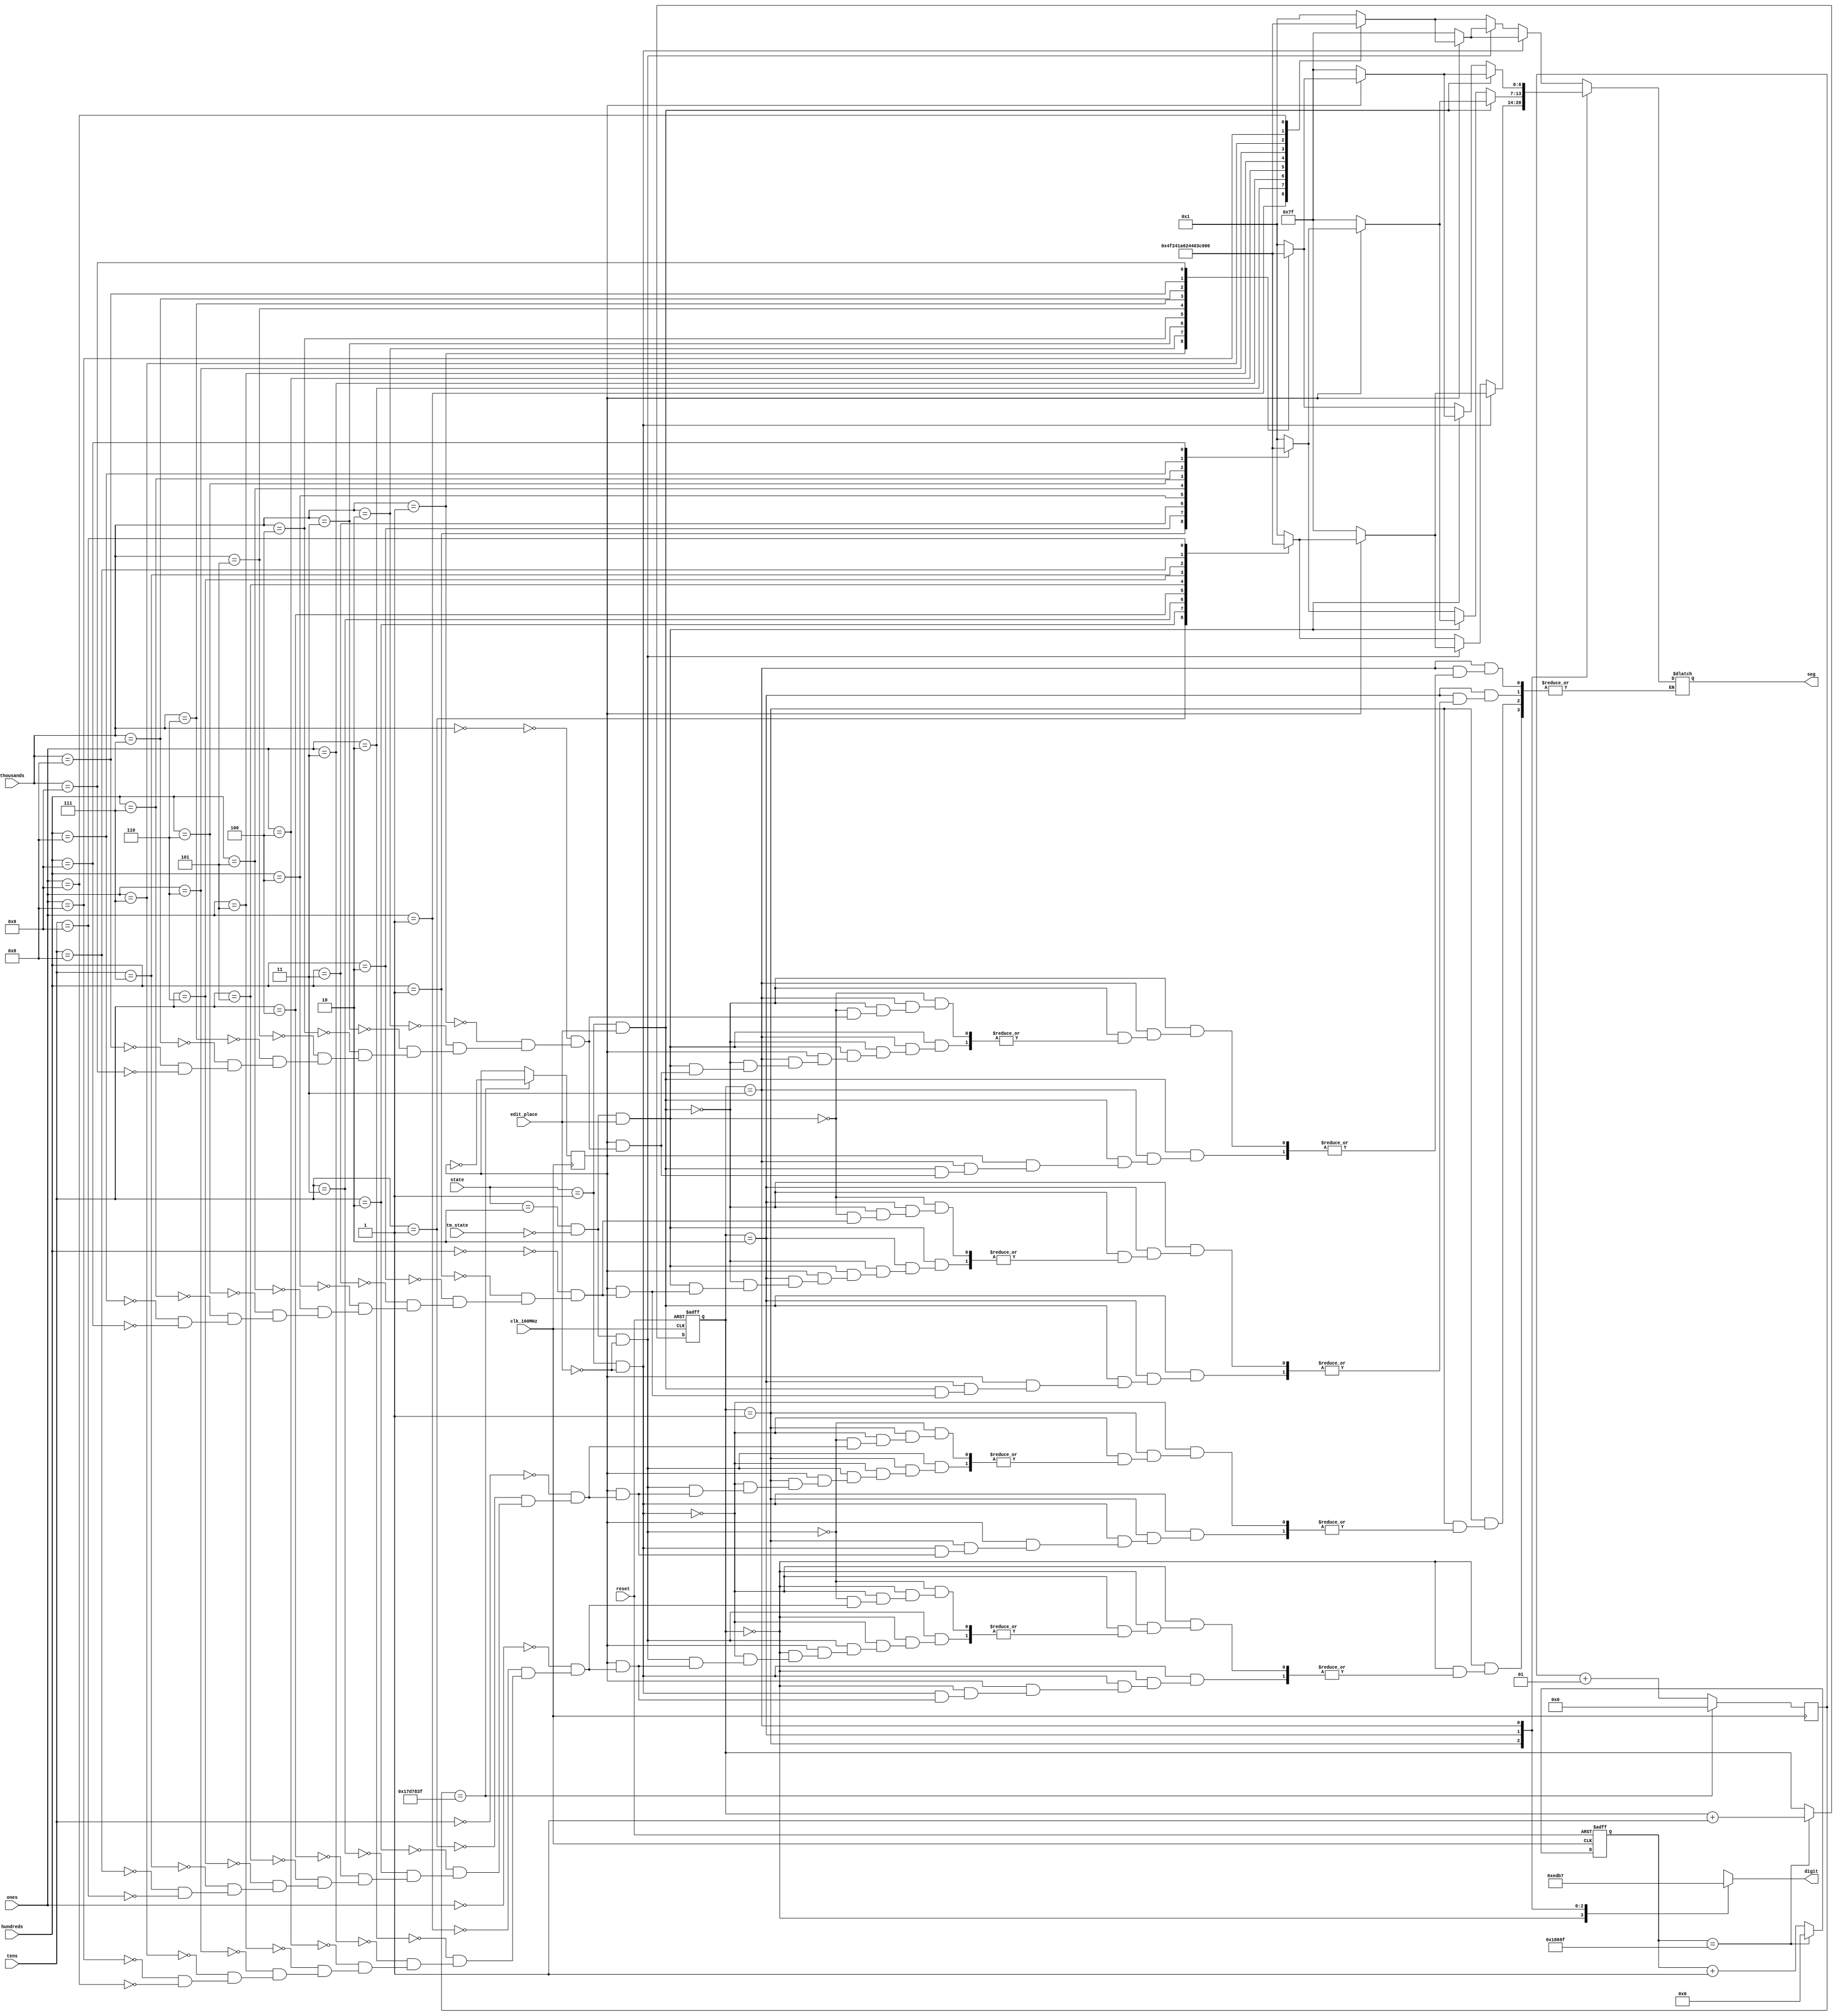
`timescale 1ns / 1ps
module seven_seg(
    input clk_100MHz,
    input reset,
    input [1:0] state,
    input tm_state,
    input edit_place,
    input [3:0] ones,
    input [3:0] tens,
    input [3:0] hundreds,
    input [3:0] thousands,
    output reg [0:6] seg,       
    output reg [3:0] digit     
    );
    parameter ZERO  = 7'b000_0001;  
    parameter ONE   = 7'b100_1111;  
    parameter TWO   = 7'b001_0010;  
    parameter THREE = 7'b000_0110;  
    parameter FOUR  = 7'b100_1100;  
    parameter FIVE  = 7'b010_0100; 
    parameter SIX   = 7'b010_0000;  
    parameter SEVEN = 7'b000_1111;
    parameter EIGHT = 7'b000_0000;  
    parameter NINE  = 7'b000_0100;  
    
    reg [1:0] digit_select;     // 2 bit counter for selecting each of 4 digits
    reg [16:0] digit_timer;     // counter for digit refresh
    
     initial digit_select = 0;
     initial digit_timer = 0; 
     
     reg sclk=0;
     integer count=0;
     
     //edit_blink_clock
     always @(posedge clk_100MHz) begin
          if(count==24_999_999) begin //
              count<=0;
              sclk<=~sclk;
          end 
          else count<=count+1;
     end
     
    // Logic for controlling digit select and digit timer
    always @(posedge clk_100MHz or posedge reset) begin
        if(reset) begin
            digit_select <= 0;
            digit_timer <= 0; 
        end
        else                                        // 1ms x 4 displays = 4ms refresh period
            if(digit_timer == 99_999 ) begin 
                digit_timer <= 0;                   // 10ns x 100,000 = 1ms (99_999)
                digit_select <=  digit_select + 1;
            end
            else
                digit_timer <=  digit_timer + 1;
    end
    
    always @(digit_select) begin
        case(digit_select) 
            2'b00 : digit = 4'b1110;  
            2'b01 : digit = 4'b1101;  
            2'b10 : digit = 4'b1011;  
            2'b11 : digit = 4'b0111;  
        endcase
    end
    

    always @*
        case(digit_select)
            2'b00 : begin       
                        if(state==1  && edit_place==0) begin
                            if(sclk==1'b0) begin
                                seg=7'b111_1111;
                            end
                            else begin
                                case(ones)
                                    4'b0000 : seg = ZERO;
                                    4'b0001 : seg = ONE;
                                    4'b0010 : seg = TWO;
                                    4'b0011 : seg = THREE;
                                    4'b0100 : seg = FOUR;
                                    4'b0101 : seg = FIVE;
                                    4'b0110 : seg = SIX;
                                    4'b0111 : seg = SEVEN;
                                    4'b1000 : seg = EIGHT;
                                    4'b1001 : seg = NINE;
                                endcase
                            end
                        end
                        else if(state==2 && tm_state==0 &&  edit_place==0) begin
                            if(sclk==1'b0) begin
                                seg=7'b111_1111;
                            end
                            else begin
                                case(ones)
                                    4'b0000 : seg = ZERO;
                                    4'b0001 : seg = ONE;
                                    4'b0010 : seg = TWO;
                                    4'b0011 : seg = THREE;
                                    4'b0100 : seg = FOUR;
                                    4'b0101 : seg = FIVE;
                                    4'b0110 : seg = SIX;
                                    4'b0111 : seg = SEVEN;
                                    4'b1000 : seg = EIGHT;
                                    4'b1001 : seg = NINE;
                                endcase
                            end
                        end
                        else begin
                            case(ones)
                                4'b0000 : seg = ZERO;
                                4'b0001 : seg = ONE;
                                4'b0010 : seg = TWO;
                                4'b0011 : seg = THREE;
                                4'b0100 : seg = FOUR;
                                4'b0101 : seg = FIVE;
                                4'b0110 : seg = SIX;
                                4'b0111 : seg = SEVEN;
                                4'b1000 : seg = EIGHT;
                                4'b1001 : seg = NINE;
                            endcase
                        end
            end               
            2'b01 : begin      
                         if(state==1  && edit_place==0) begin
                            if(sclk==1'b0) begin
                                seg=7'b111_1111;
                            end
                            else begin
                                case(tens)
                                    4'b0000 : seg = ZERO;
                                    4'b0001 : seg = ONE;
                                    4'b0010 : seg = TWO;
                                    4'b0011 : seg = THREE;
                                    4'b0100 : seg = FOUR;
                                    4'b0101 : seg = FIVE;
                                    4'b0110 : seg = SIX;
                                    4'b0111 : seg = SEVEN;
                                    4'b1000 : seg = EIGHT;
                                    4'b1001 : seg = NINE;
                                endcase
                            end
                        end
                        else if(state==2 && tm_state==0 && edit_place==0) begin
                            if(sclk==1'b0) begin
                                seg=7'b111_1111;
                            end
                            else begin
                                case(tens)
                                    4'b0000 : seg = ZERO;
                                    4'b0001 : seg = ONE;
                                    4'b0010 : seg = TWO;
                                    4'b0011 : seg = THREE;
                                    4'b0100 : seg = FOUR;
                                    4'b0101 : seg = FIVE;
                                    4'b0110 : seg = SIX;
                                    4'b0111 : seg = SEVEN;
                                    4'b1000 : seg = EIGHT;
                                    4'b1001 : seg = NINE;
                                endcase
                            end
                        end
                        else begin
                            case(tens)
                                4'b0000 : seg = ZERO;
                                4'b0001 : seg = ONE;
                                4'b0010 : seg = TWO;
                                4'b0011 : seg = THREE;
                                4'b0100 : seg = FOUR;
                                4'b0101 : seg = FIVE;
                                4'b0110 : seg = SIX;
                                4'b0111 : seg = SEVEN;
                                4'b1000 : seg = EIGHT;
                                4'b1001 : seg = NINE;
                            endcase
                        end
                    end
                    
            2'b10 : begin      
                         if(state==1  && edit_place==1) begin
                            if(sclk==1'b0) begin
                                seg=7'b111_1111;
                            end
                            else begin
                                case(hundreds)
                                    4'b0000 : seg = ZERO;
                                    4'b0001 : seg = ONE;
                                    4'b0010 : seg = TWO;
                                    4'b0011 : seg = THREE;
                                    4'b0100 : seg = FOUR;
                                    4'b0101 : seg = FIVE;
                                    4'b0110 : seg = SIX;
                                    4'b0111 : seg = SEVEN;
                                    4'b1000 : seg = EIGHT;
                                    4'b1001 : seg = NINE;
                                endcase
                            end
                        end
                        else if(state==2 && tm_state==0 && edit_place==1) begin
                            if(sclk==1'b0) begin
                                seg=7'b111_1111;
                            end
                            else begin
                                case(hundreds)
                                    4'b0000 : seg = ZERO;
                                    4'b0001 : seg = ONE;
                                    4'b0010 : seg = TWO;
                                    4'b0011 : seg = THREE;
                                    4'b0100 : seg = FOUR;
                                    4'b0101 : seg = FIVE;
                                    4'b0110 : seg = SIX;
                                    4'b0111 : seg = SEVEN;
                                    4'b1000 : seg = EIGHT;
                                    4'b1001 : seg = NINE;
                                endcase
                            end
                        end
                        else begin
                            case(hundreds)
                                4'b0000 : seg = ZERO;
                                4'b0001 : seg = ONE;
                                4'b0010 : seg = TWO;
                                4'b0011 : seg = THREE;
                                4'b0100 : seg = FOUR;
                                4'b0101 : seg = FIVE;
                                4'b0110 : seg = SIX;
                                4'b0111 : seg = SEVEN;
                                4'b1000 : seg = EIGHT;
                                4'b1001 : seg = NINE;
                            endcase
                        end
                    end
                    
            2'b11 : begin       
                         if(state==1  && edit_place==1) begin
                            if(sclk==1'b0) begin
                                seg=7'b111_1111;
                            end
                            else begin
                                case(thousands)
                                    4'b0000 : seg = ZERO;
                                    4'b0001 : seg = ONE;
                                    4'b0010 : seg = TWO;
                                    4'b0011 : seg = THREE;
                                    4'b0100 : seg = FOUR;
                                    4'b0101 : seg = FIVE;
                                    4'b0110 : seg = SIX;
                                    4'b0111 : seg = SEVEN;
                                    4'b1000 : seg = EIGHT;
                                    4'b1001 : seg = NINE;
                                endcase
                            end
                        end
                        else if(state==2 && tm_state==0 && edit_place==1) begin
                            if(sclk==1'b0) begin
                                seg=7'b111_1111;
                            end
                            else begin
                                case(thousands)
                                    4'b0000 : seg = ZERO;
                                    4'b0001 : seg = ONE;
                                    4'b0010 : seg = TWO;
                                    4'b0011 : seg = THREE;
                                    4'b0100 : seg = FOUR;
                                    4'b0101 : seg = FIVE;
                                    4'b0110 : seg = SIX;
                                    4'b0111 : seg = SEVEN;
                                    4'b1000 : seg = EIGHT;
                                    4'b1001 : seg = NINE;
                                endcase
                            end
                        end
                        else begin
                            case(thousands)
                                4'b0000 : seg = ZERO;
                                4'b0001 : seg = ONE;
                                4'b0010 : seg = TWO;
                                4'b0011 : seg = THREE;
                                4'b0100 : seg = FOUR;
                                4'b0101 : seg = FIVE;
                                4'b0110 : seg = SIX;
                                4'b0111 : seg = SEVEN;
                                4'b1000 : seg = EIGHT;
                                4'b1001 : seg = NINE;
                            endcase
                        end
                    end
        endcase

endmodule